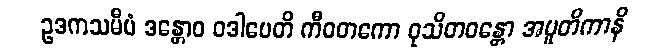
ဥဒကသမီပံ ဒန္တောဝ ဝဒါပေတိ ကီဝတကော ဝုသိတဝန္တော အပူတိကာနိ